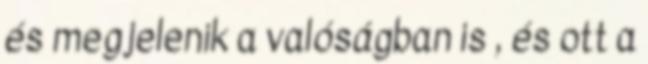
és megjelenik a valóságban is , és ott a